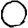
Digit: 0